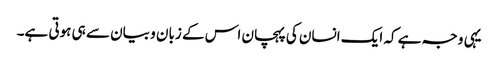
یہی وجہ ہے کہ ایک انسان کی پہچان اس کے زبان و بیان سے ہی ہوتی ہے۔